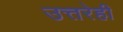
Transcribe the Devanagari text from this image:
उत्तरेही